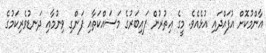
އާންމުކޮށް އުފައްދައި އުޅެއެވެ. މީގެ އިތުރުން ފައިބަރުގެ މަސައްކަތާއި ފަންގި ވިނުމާއި ދަނޑުވެރިކަމުގެ